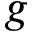
g